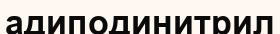
адиподинитрил